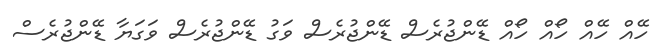
ހޭއް ހޭއް ހޯއް ހޯއް ޑޭންޖުރެސް ޑޭންޖުރެސް ވަގު ޑޭންޖުރެސް ވަގަޔާ ޑޭންޖުރެސް